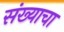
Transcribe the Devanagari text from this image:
संख्याचा